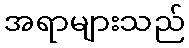
အရာများသည်